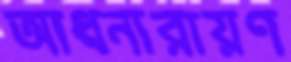
আধনারায়ণ